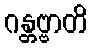
ဂန္တဗ္ဗာတိ